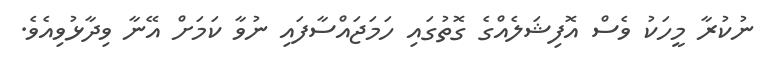
ނުކުރާ މީހަކު ވެސް އޮފިޝަލެއްގެ ގޮތުގައި ހަމަޖައްސާފައި ނުވާ ކަމަށް އޭނާ ވިދާޅުވިއެވެ.